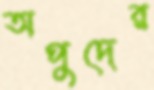
অপুদের